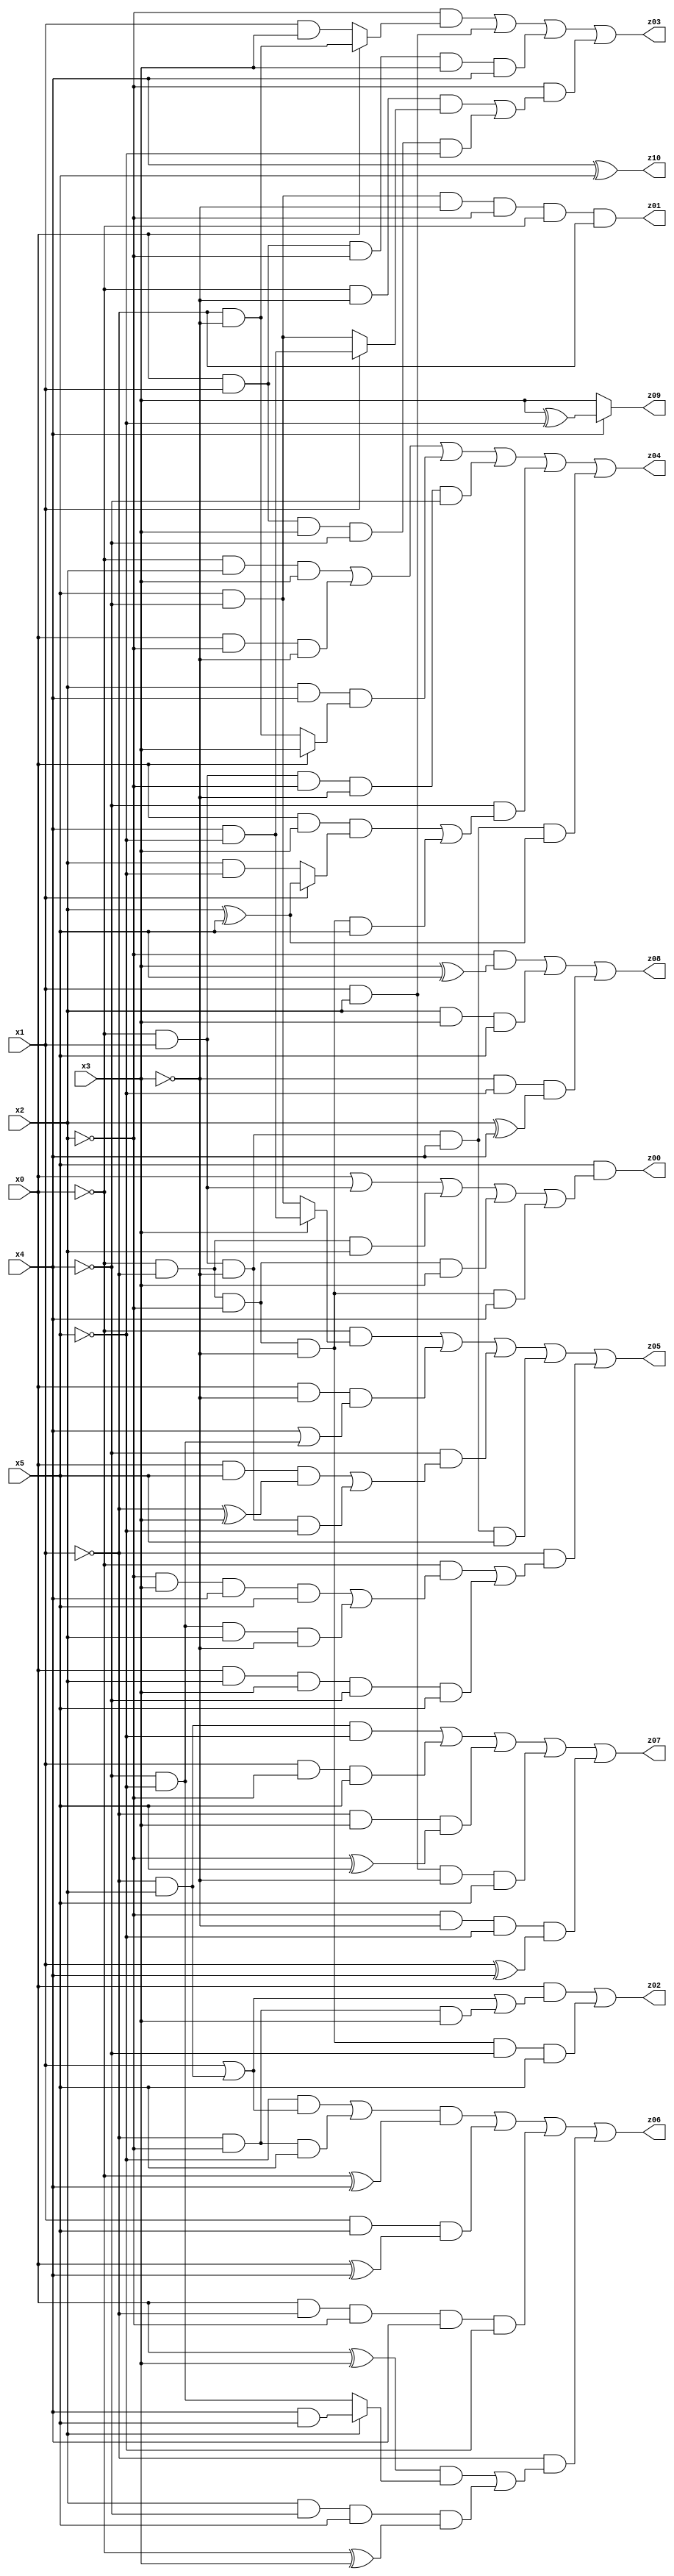
// Benchmark "X_7" written by ABC on Sat Jun 03 17:40:10 2023

module X_7 ( 
    x0, x1, x2, x3, x4, x5,
    z00, z01, z02, z03, z04, z05, z06, z07, z08, z09, z10  );
  input  x0, x1, x2, x3, x4, x5;
  output z00, z01, z02, z03, z04, z05, z06, z07, z08, z09, z10;
  assign z00 = x5 & (x0 | (~x0 & x1) | (~x0 & ~x1 & x2) | (~x0 & ~x1 & ~x2 & x3) | (~x0 & ~x1 & ~x2 & ~x3 & x4));
  assign z01 = x5 & ~x4 & ~x3 & ~x2 & ~x0 & ~x1;
  assign z02 = (x0 & (x1 | (~x1 & x2) | (~x1 & ~x2 & x3))) | (~x0 & ~x1 & ~x2 & ~x3 & ~x4 & x5);
  assign z03 = (~x2 & (x0 ? (~x1 & ~x3) : (x1 & x3))) | (x1 & x2) | (x0 & x1 & ~x2 & x3 & x4) | (~x2 & ((~x0 & ~x3 & (x1 ? (x4 & ~x5) : (~x4 & x5))) | (x0 & x1 & x3 & ~x4 & ~x5)));
  assign z04 = (~x0 & x2 & x3) | (x0 & ~x2 & ~x3) | (x2 & x4 & (x0 ? x3 : (~x1 & ~x3))) | (~x0 & x1 & ~x2 & ~x3 & ~x4) | (~x4 & ((x0 & x3 & (x1 ? (x2 ^ x5) : (x2 & ~x5))) | (~x0 & ~x1 & ~x2 & ~x3 & x5))) | (~x0 & x1 & ~x3 & x4 & (x2 ^ x5));
  assign z05 = (~x0 & (x3 ? (x4 & ~x5) : (~x4 & x5))) | (x0 & ~x3 & (x4 | (~x4 & ~x5))) | (~x4 & ((x0 & x5 & (~x1 ^ x3)) | (~x0 & x1 & ~x3 & ~x5))) | (~x0 & x1 & ~x3 & x4 & x5) | (~x1 & ((~x0 & ((~x2 & x3 & x4 & x5) | (~x4 & ~x5 & x2 & ~x3))) | (x0 & x2 & x3 & ~x4 & x5)));
  assign z06 = (((~x5 & (x1 | (~x1 & x2))) | (~x1 & ~x2 & x5)) & (~x0 ^ x4)) | (x1 & x5 & (x0 ^ x4)) | (x0 & ~x1 & ~x2 & x4 & ~x5) | (~x1 & (((x0 ^ x3) & (x2 ? (x4 & x5) : (~x4 & ~x5))) | (x2 & ~x4 & x5 & (~x0 ^ x3))));
  assign z07 = (~x1 & x2 & ~x5) | (x1 & ~x2 & x5) | (~x1 & x3 & (~x2 ^ x5)) | (x1 & x2 & ~x3 & x5) | (~x2 & ~x3 & ~x5 & (x1 ^ x4));
  assign z08 = (~x2 & (x3 ^ x5)) | (x2 & x3 & x5) | (~x3 & ~x5 & (x2 ^ x4));
  assign z09 = x4 ? (x3 ^ ~x5) : x3;
  assign z10 = x4 ^ x5;
endmodule